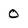
Character: 0